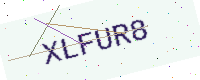
Text: XLFUR8